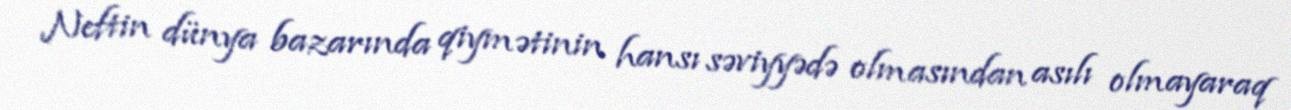
Neftin dünya bazarında qiymətinin hansı səviyyədə olmasından asılı olmayaraq